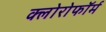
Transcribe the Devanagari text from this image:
क्‍लोरोफॉर्म